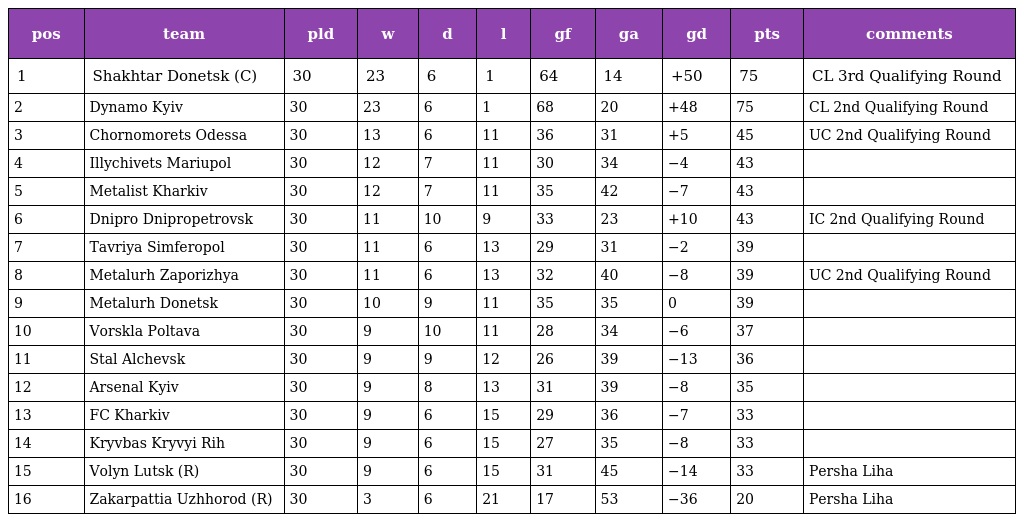
| pos | team | pld | w | d | l | gf | ga | gd | pts | comments |
 | --- | --- | --- | --- | --- | --- | --- | --- | --- | --- | --- |
 | 1 | Shakhtar Donetsk (C) | 30 | 23 | 6 | 1 | 64 | 14 | +50 | 75 | CL 3rd Qualifying Round |
 | 2 | Dynamo Kyiv | 30 | 23 | 6 | 1 | 68 | 20 | +48 | 75 | CL 2nd Qualifying Round |
 | 3 | Chornomorets Odessa | 30 | 13 | 6 | 11 | 36 | 31 | +5 | 45 | UC 2nd Qualifying Round |
 | 4 | Illychivets Mariupol | 30 | 12 | 7 | 11 | 30 | 34 | −4 | 43 |  |
 | 5 | Metalist Kharkiv | 30 | 12 | 7 | 11 | 35 | 42 | −7 | 43 |  |
 | 6 | Dnipro Dnipropetrovsk | 30 | 11 | 10 | 9 | 33 | 23 | +10 | 43 | IC 2nd Qualifying Round |
 | 7 | Tavriya Simferopol | 30 | 11 | 6 | 13 | 29 | 31 | −2 | 39 |  |
 | 8 | Metalurh Zaporizhya | 30 | 11 | 6 | 13 | 32 | 40 | −8 | 39 | UC 2nd Qualifying Round |
 | 9 | Metalurh Donetsk | 30 | 10 | 9 | 11 | 35 | 35 | 0 | 39 |  |
 | 10 | Vorskla Poltava | 30 | 9 | 10 | 11 | 28 | 34 | −6 | 37 |  |
 | 11 | Stal Alchevsk | 30 | 9 | 9 | 12 | 26 | 39 | −13 | 36 |  |
 | 12 | Arsenal Kyiv | 30 | 9 | 8 | 13 | 31 | 39 | −8 | 35 |  |
 | 13 | FC Kharkiv | 30 | 9 | 6 | 15 | 29 | 36 | −7 | 33 |  |
 | 14 | Kryvbas Kryvyi Rih | 30 | 9 | 6 | 15 | 27 | 35 | −8 | 33 |  |
 | 15 | Volyn Lutsk (R) | 30 | 9 | 6 | 15 | 31 | 45 | −14 | 33 | Persha Liha |
 | 16 | Zakarpattia Uzhhorod (R) | 30 | 3 | 6 | 21 | 17 | 53 | −36 | 20 | Persha Liha |